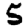
Digit: 5